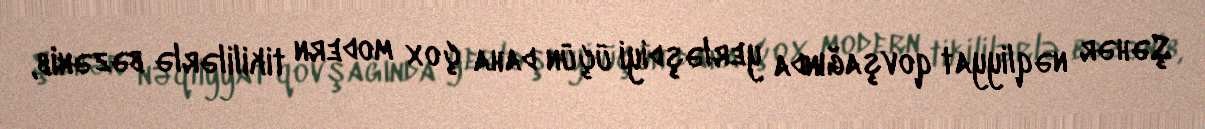
Şəhər nəqliyyat qovşağında yerləşdiyi üçün daha çox modern tikililərlə bəzənib,